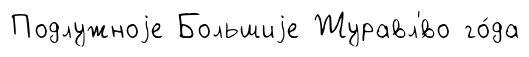
Подлужноjе Большиjе Журавл'́во го́да